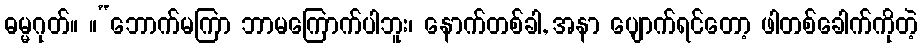
ဓမ္မဂုတ်။ ။“ဘောက်မကြာ ဘာမကြောက်ပါဘူး၊ နောက်တစ်ခါ, အနာ ပျောက်ရင်တော့ ဖါတစ်ခေါက်ကိုတဲ့